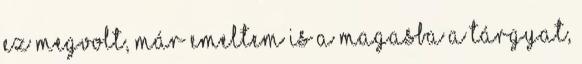
ez megvolt, már emeltem is a magasba a tárgyat,